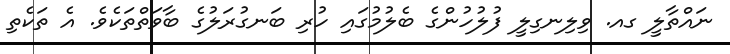
ނައްތާލީ ގއ. ވިލިނގިލީ ފުލުހުންގެ ބެލުމުގައި ހުރި ބަނގުރަލުގެ ބާވަތްތަކެވެ. އެ ތަކެތި